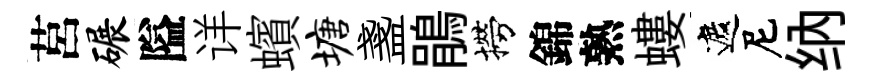
莒碾隘详蠙塘盞鵑撈錦熟螻遮尼纳